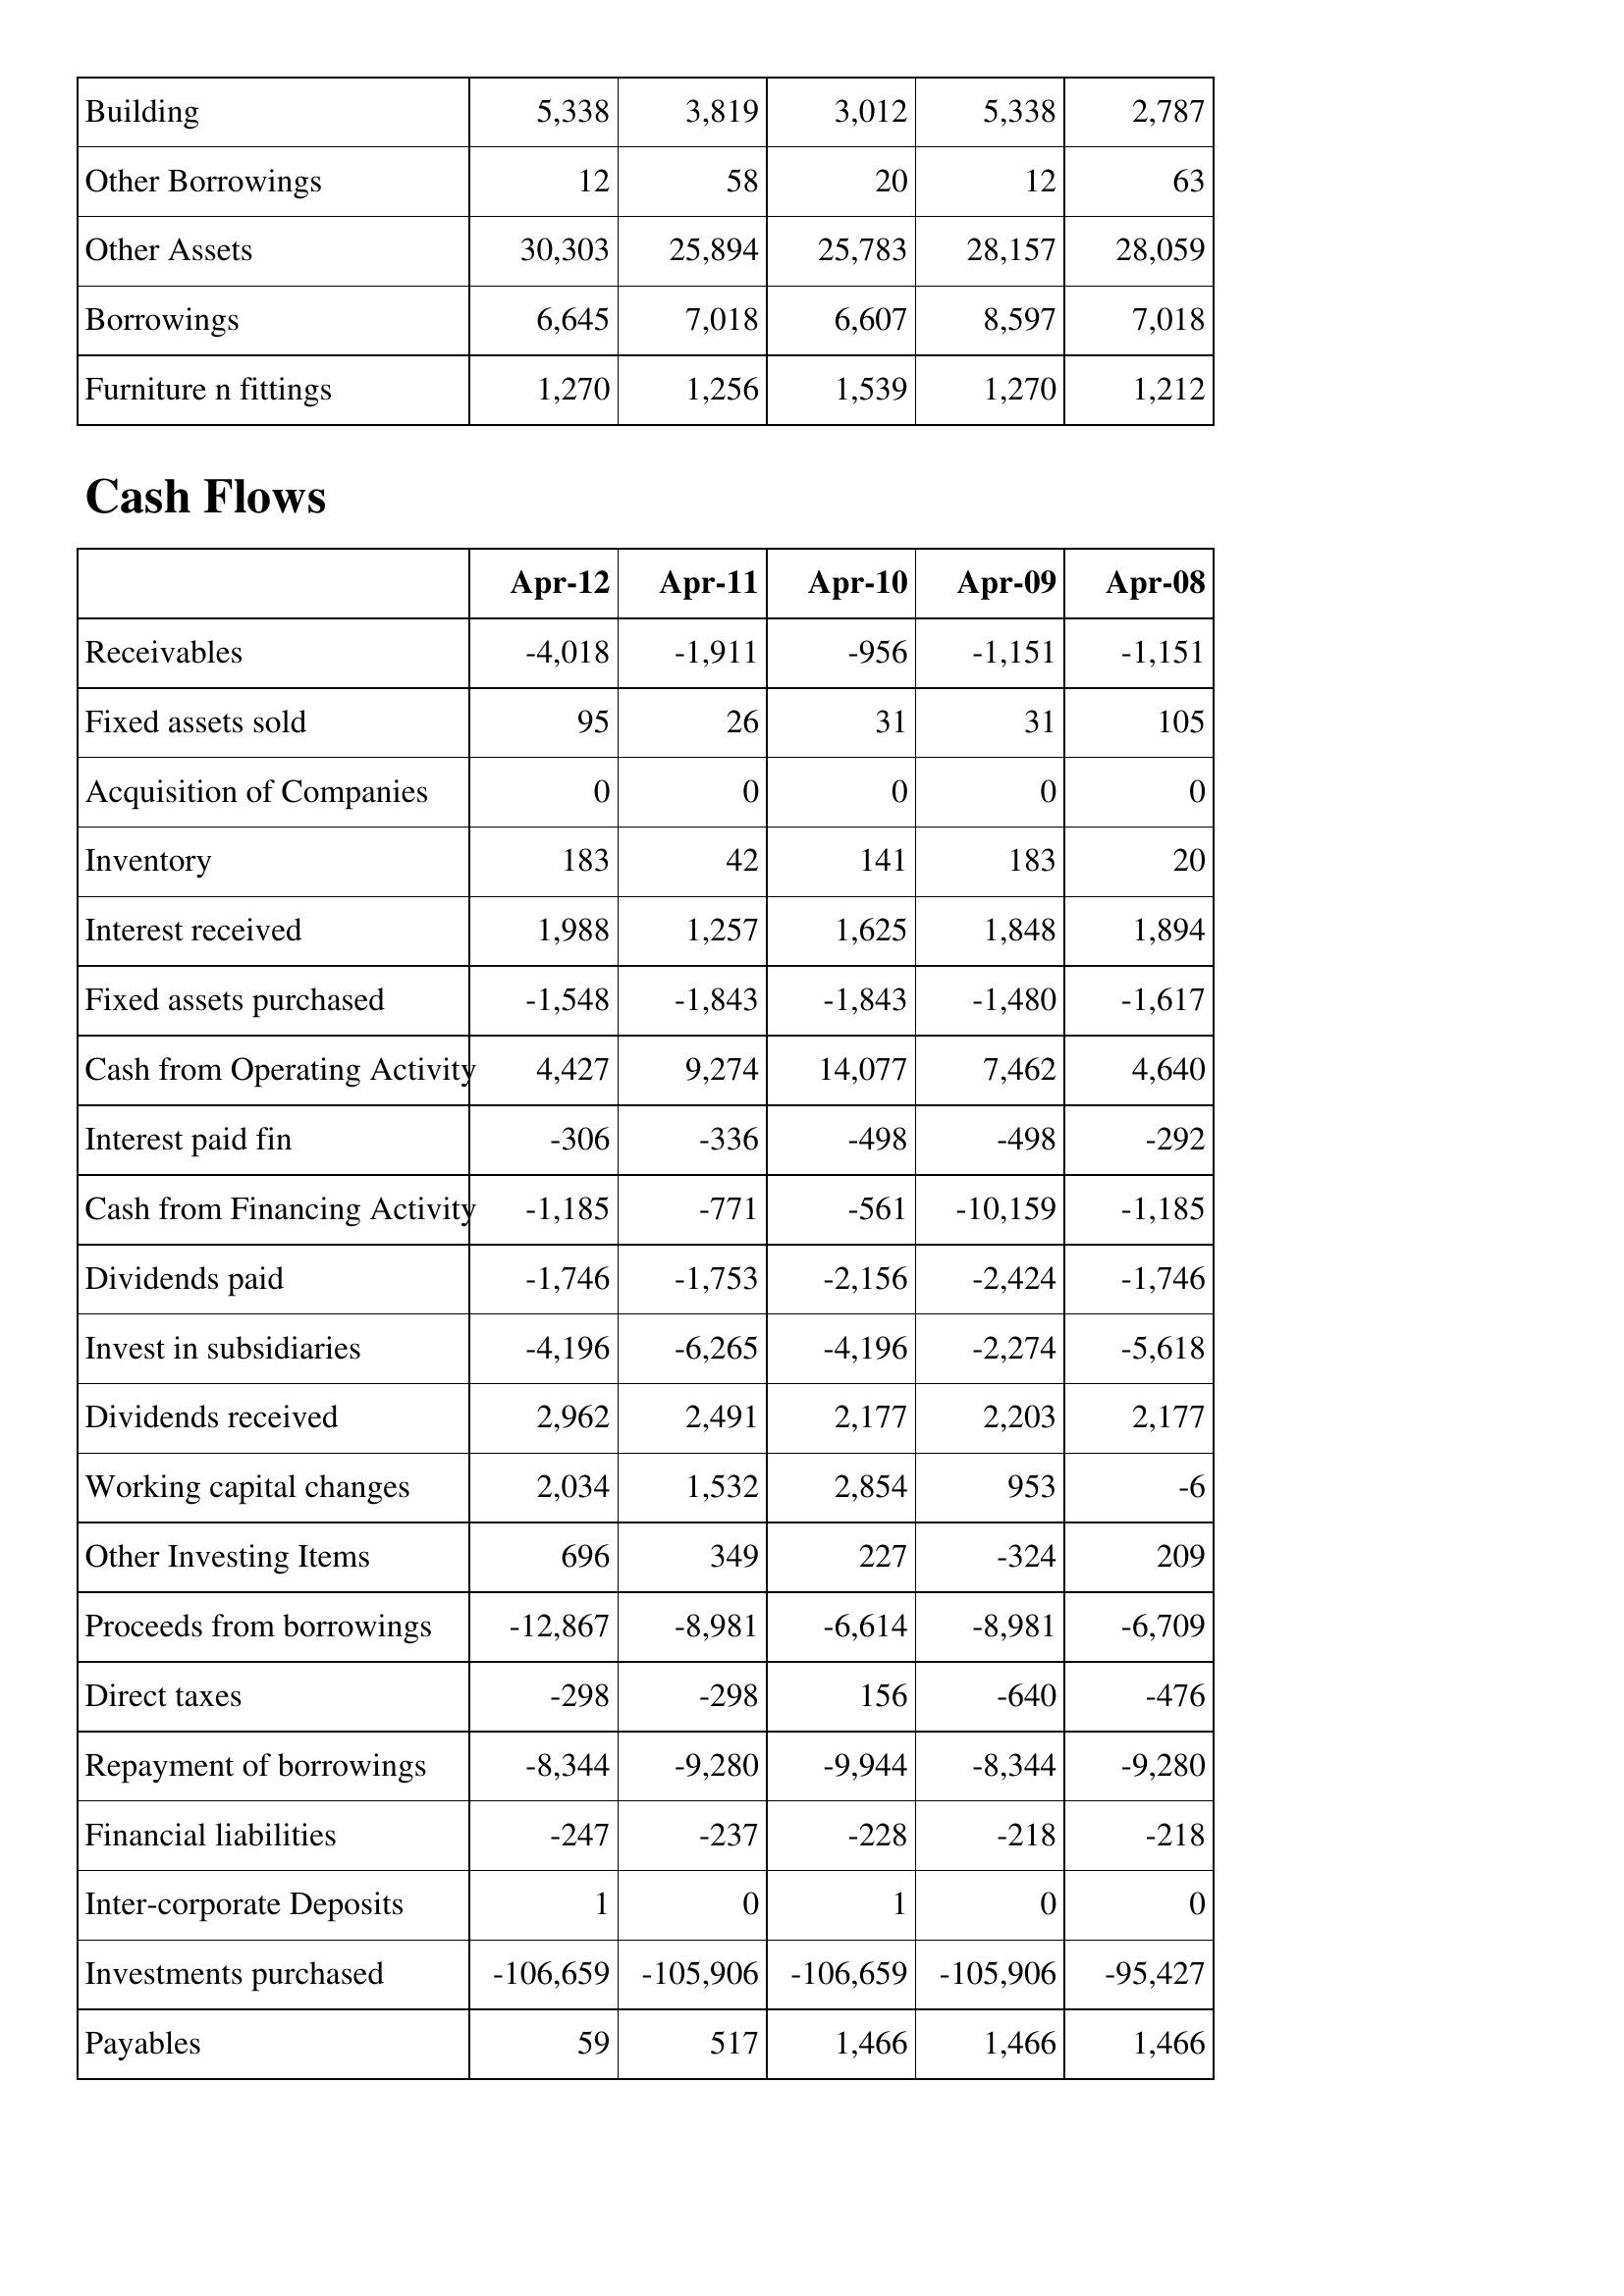
Apr-12: Balance Sheet: Building: 5,338
Other Borrowings: 12
Other Assets: 30,303
Borrowings: 6,645
Furniture n fittings: 1,270
Cash Flows: Receivables: -4,018
Fixed assets sold: 95
Acquisition of Companies: 0
Inventory: 183
Interest received: 1,988
Fixed assets purchased: -1,548
Cash from Operating Activity: 4,427
Interest paid fin: -306
Cash from Financing Activity: -1,185
Dividends paid: -1,746
Invest in subsidiaries: -4,196
Dividends received: 2,962
Working capital changes: 2,034
Other Investing Items: 696
Proceeds from borrowings: -12,867
Direct taxes: -298
Repayment of borrowings: -8,344
Financial liabilities: -247
Inter-corporate Deposits: 1
Investments purchased: -106,659
Payables: 59
Apr-11: Balance Sheet: Building: 3,819
Other Borrowings: 58
Other Assets: 25,894
Borrowings: 7,018
Furniture n fittings: 1,256
Cash Flows: Receivables: -1,911
Fixed assets sold: 26
Acquisition of Companies: 0
Inventory: 42
Interest received: 1,257
Fixed assets purchased: -1,843
Cash from Operating Activity: 9,274
Interest paid fin: -336
Cash from Financing Activity: -771
Dividends paid: -1,753
Invest in subsidiaries: -6,265
Dividends received: 2,491
Working capital changes: 1,532
Other Investing Items: 349
Proceeds from borrowings: -8,981
Direct taxes: -298
Repayment of borrowings: -9,280
Financial liabilities: -237
Inter-corporate Deposits: 0
Investments purchased: -105,906
Payables: 517
Apr-10: Balance Sheet: Building: 3,012
Other Borrowings: 20
Other Assets: 25,783
Borrowings: 6,607
Furniture n fittings: 1,539
Cash Flows: Receivables: -956
Fixed assets sold: 31
Acquisition of Companies: 0
Inventory: 141
Interest received: 1,625
Fixed assets purchased: -1,843
Cash from Operating Activity: 14,077
Interest paid fin: -498
Cash from Financing Activity: -561
Dividends paid: -2,156
Invest in subsidiaries: -4,196
Dividends received: 2,177
Working capital changes: 2,854
Other Investing Items: 227
Proceeds from borrowings: -6,614
Direct taxes: 156
Repayment of borrowings: -9,944
Financial liabilities: -228
Inter-corporate Deposits: 1
Investments purchased: -106,659
Payables: 1,466
Apr-09: Balance Sheet: Building: 5,338
Other Borrowings: 12
Other Assets: 28,157
Borrowings: 8,597
Furniture n fittings: 1,270
Cash Flows: Receivables: -1,151
Fixed assets sold: 31
Acquisition of Companies: 0
Inventory: 183
Interest received: 1,848
Fixed assets purchased: -1,480
Cash from Operating Activity: 7,462
Interest paid fin: -498
Cash from Financing Activity: -10,159
Dividends paid: -2,424
Invest in subsidiaries: -2,274
Dividends received: 2,203
Working capital changes: 953
Other Investing Items: -324
Proceeds from borrowings: -8,981
Direct taxes: -640
Repayment of borrowings: -8,344
Financial liabilities: -218
Inter-corporate Deposits: 0
Investments purchased: -105,906
Payables: 1,466
Apr-08: Balance Sheet: Building: 2,787
Other Borrowings: 63
Other Assets: 28,059
Borrowings: 7,018
Furniture n fittings: 1,212
Cash Flows: Receivables: -1,151
Fixed assets sold: 105
Acquisition of Companies: 0
Inventory: 20
Interest received: 1,894
Fixed assets purchased: -1,617
Cash from Operating Activity: 4,640
Interest paid fin: -292
Cash from Financing Activity: -1,185
Dividends paid: -1,746
Invest in subsidiaries: -5,618
Dividends received: 2,177
Working capital changes: -6
Other Investing Items: 209
Proceeds from borrowings: -6,709
Direct taxes: -476
Repayment of borrowings: -9,280
Financial liabilities: -218
Inter-corporate Deposits: 0
Investments purchased: -95,427
Payables: 1,466